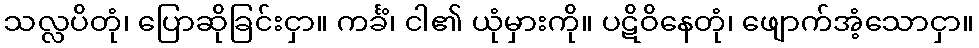
သလ္လပိတုံ၊ ပြောဆိုခြင်းငှာ။ ကင်္ခံ၊ ငါ၏ ယုံမှားကို။ ပဋိဝိနေတုံ၊ ဖျောက်အံ့သောငှာ။